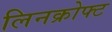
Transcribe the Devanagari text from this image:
लिनक्रोफ्ट